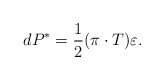
\begin{align*} dP^\ast=\frac{1}{2}(\pi\cdot T)\varepsilon.\end{align*}